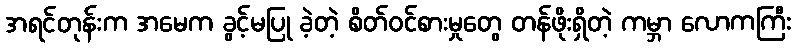
အရင်တုန်းက အမေက ခွင့်မပြု ခဲ့တဲ့ စိတ်ဝင်စားမှုတွေ တန်ဖိုးရှိတဲ့ ကမ္ဘာ လောကကြီး